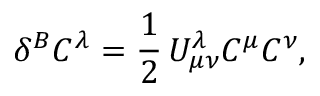
\delta ^ { B } C ^ { \lambda } = \frac { 1 } { 2 } \, U _ { \mu \nu } ^ { \lambda } C ^ { \mu } C ^ { \nu } ,